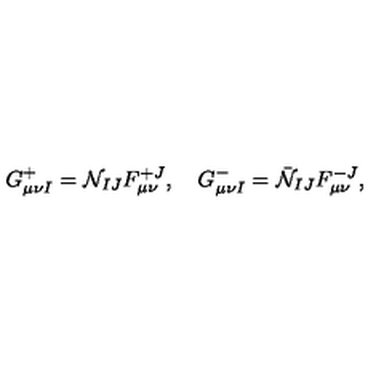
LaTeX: G _ { \mu \nu I } ^ { + } = { \cal N } _ { I J } F _ { \mu \nu } ^ { + J } , \quad G _ { \mu \nu I } ^ { - } = \bar { \cal N } _ { I J } F _ { \mu \nu } ^ { - J } ,